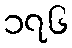
၁၇၆